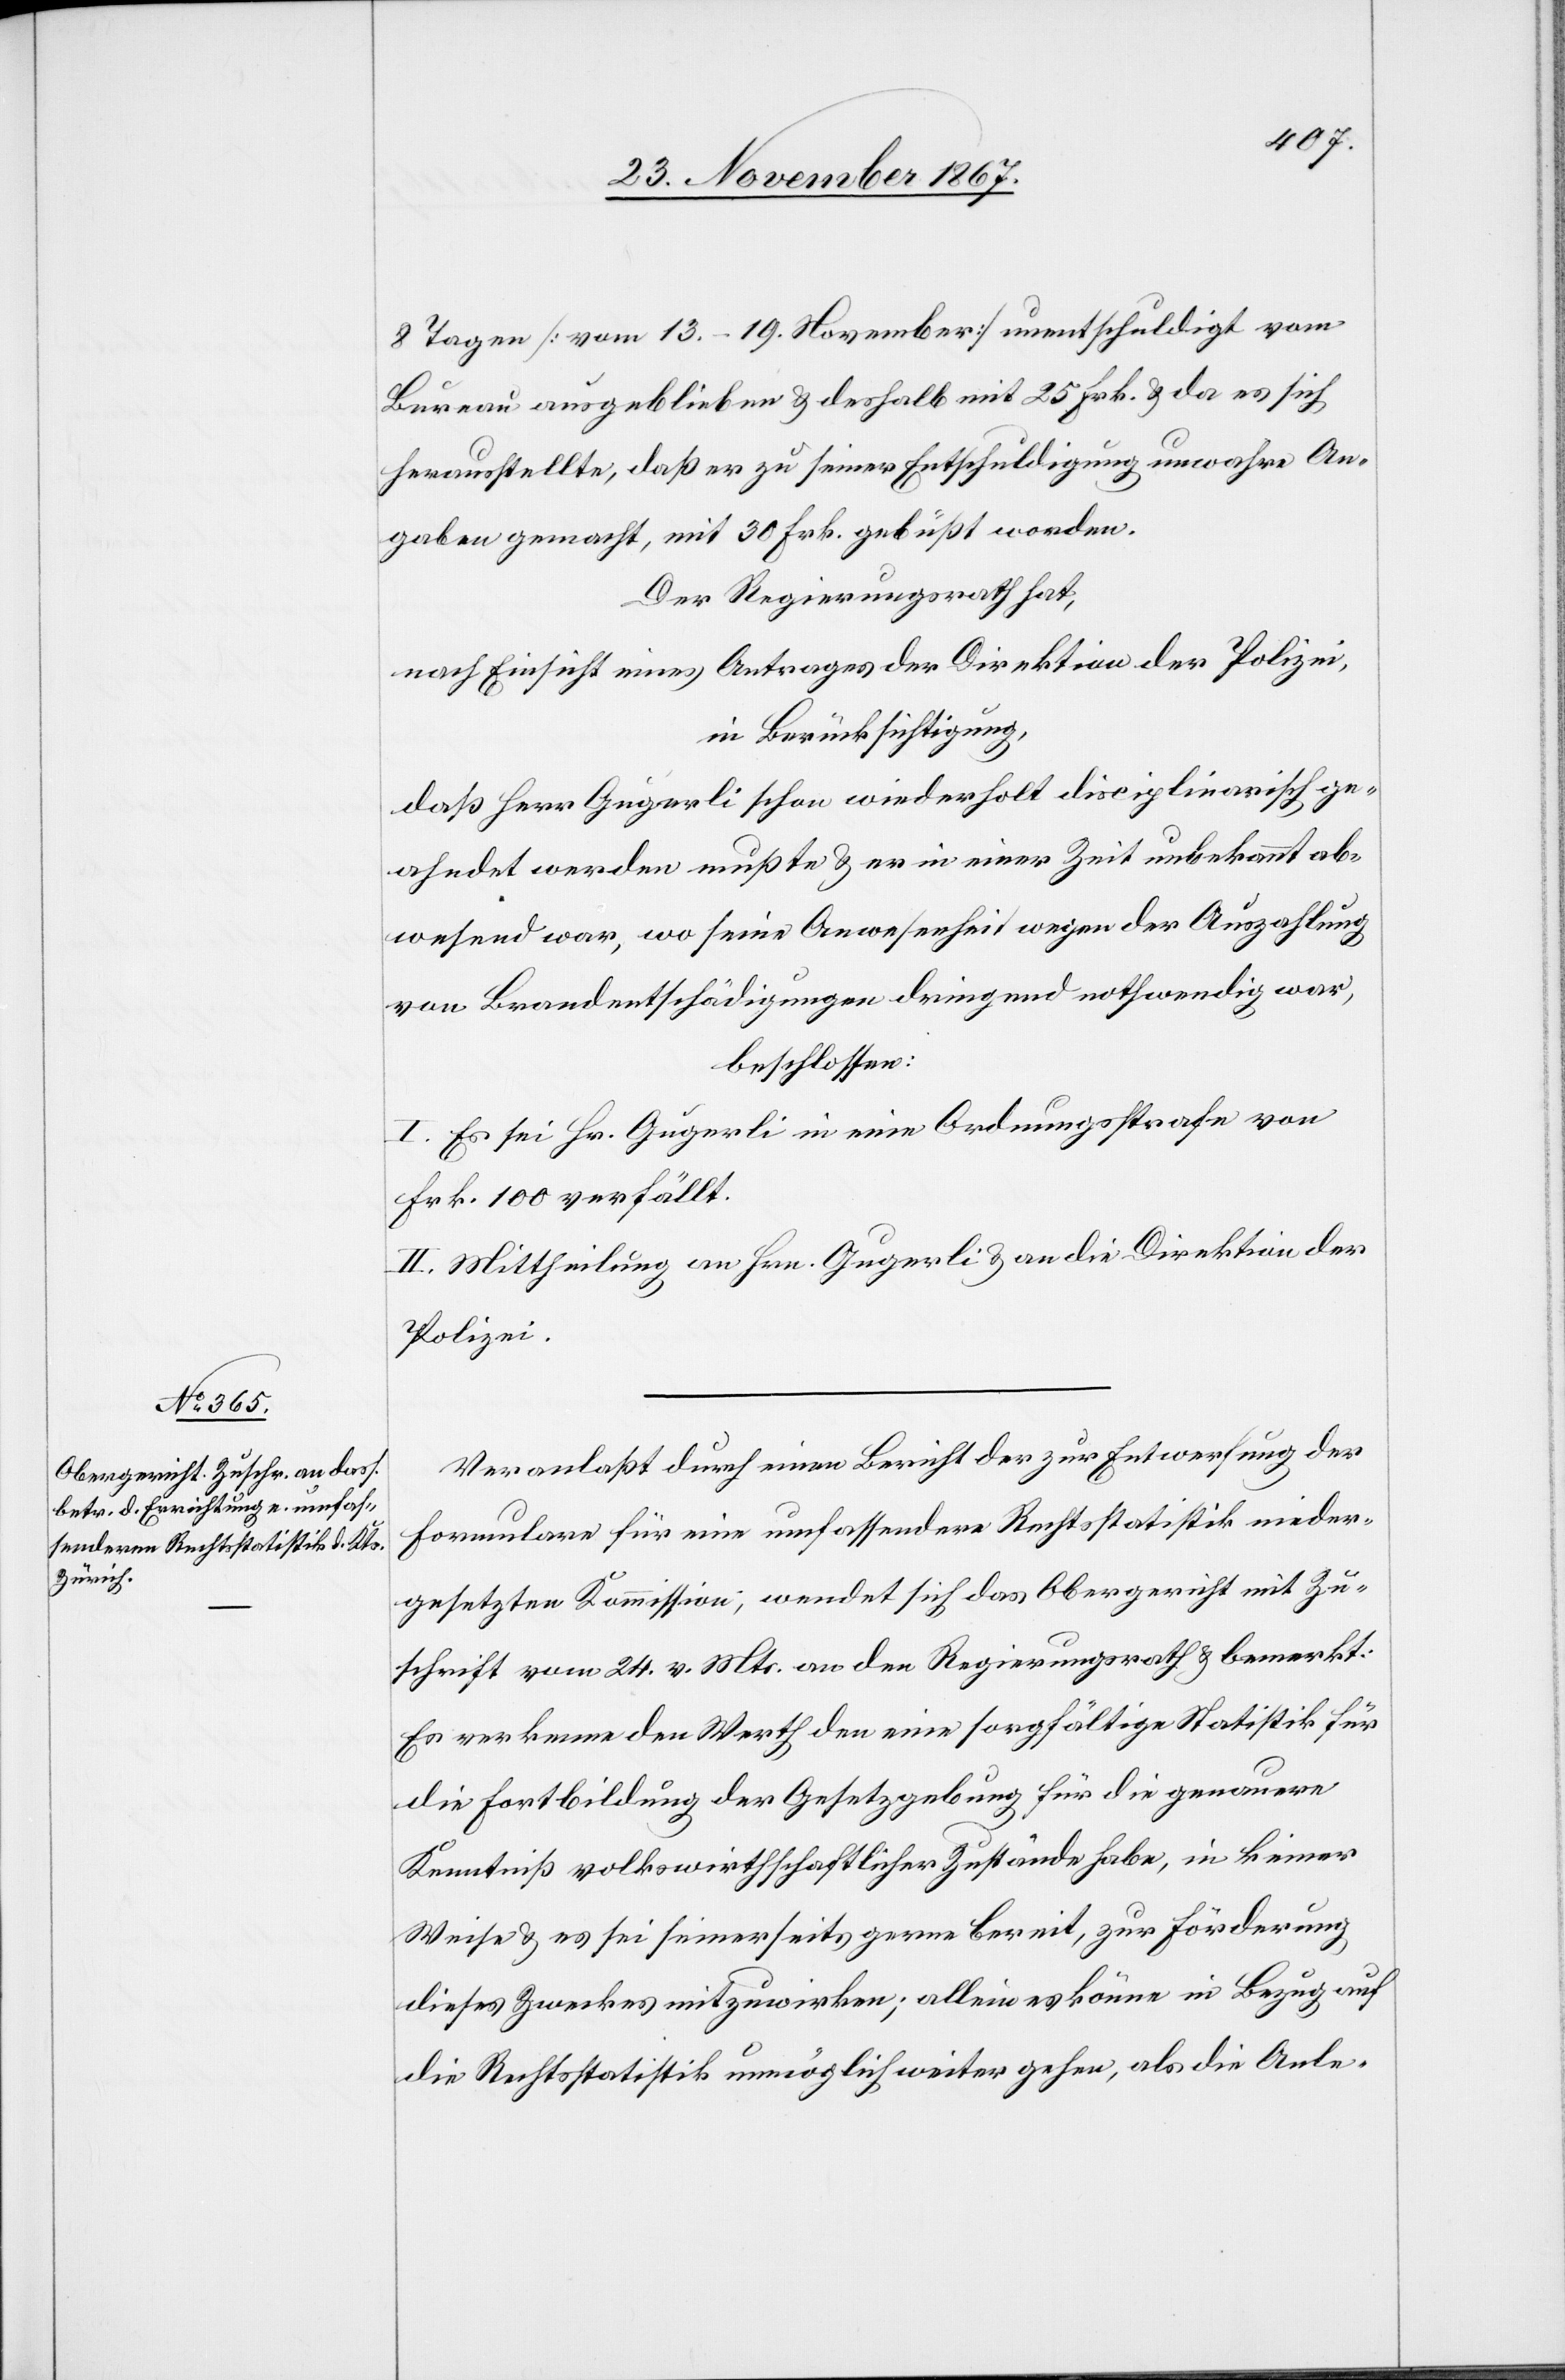
8 Tagen [vom 13.–19. November] unentschuldigt vom
Bureau ausgeblieben u. deshalb mit 25 Frk. u. da es sich
herausstellte, daß er zu seiner Entschuldigung unwahre An¬
gaben gemacht, mit 30 Frk. gebüßt worden.
Der Regierungsrath hat,
nach Einsicht eines Antrages der Direktion der Polizei,
daß Herr Gugerli schon wiederholt disciplinarisch ge¬
ahndet werden mußte u. er in einer Zeit unbekannt abge¬
wesend war, wo seine Anwesenheit wegen der Auszahlung
von Brandentschädigungen dringend nothwendig war,
beschlossen:
I. Es sei Hr. Gugerli in ein Ordnungsstrafe von
Frk. 100 verfällt.
II. Mittheilung an Hrn. Gugerli u. an die Direktion der
Polizei.
Veranlaßt durch einen Bericht der zur Entwerfung der
Formulare für eine umfassendere Rechtsstatistik nieder¬
gesetzten Kommission, wendet sich das Obergericht mit Zu¬
schrift vom 24. v. Mts. an den Regierungsrath u. bemerkt:
Es erkenne den Werth den eine sorgfältige Statistik für
die Fortbildung der Gesetzgebung für die genauere
Kenntniß volkswirthschaftlicher Zustände habe, in keiner
Weise u. es sei seinerseits gerne bereit, zur Förderung
dieses Zweckes mitzuwirken; allein es könne in Bezug auf
die Rechtsstatistik unmöglich weiter gehen, als die Anle-